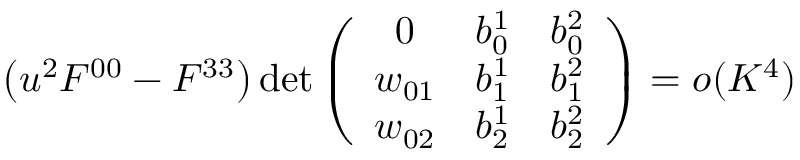
\left( u ^ { 2 } \/ F ^ { 0 0 } - F ^ { 3 3 } \right) \operatorname * { d e t } \left( \begin{array} { c c c } { { 0 } } & { { b _ { 0 } ^ { 1 } } } & { { b _ { 0 } ^ { 2 } } } \\ { { w _ { 0 1 } } } & { { b _ { 1 } ^ { 1 } } } & { { b _ { 1 } ^ { 2 } } } \\ { { w _ { 0 2 } } } & { { b _ { 2 } ^ { 1 } } } & { { b _ { 2 } ^ { 2 } } } \end{array} \right) = o ( K ^ { 4 } )